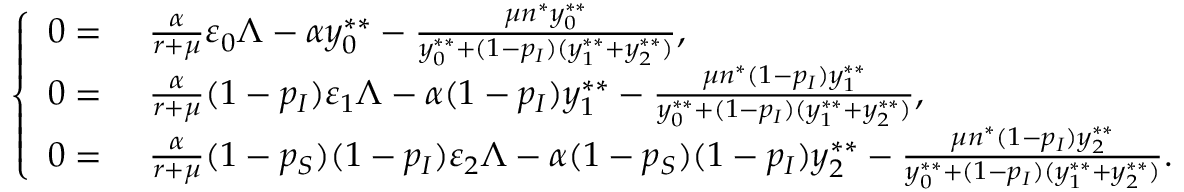
\left\{ \begin{array} { r l } { 0 = } & { { } ~ \frac { \alpha } { r + \mu } \varepsilon _ { 0 } \Lambda - \alpha y _ { 0 } ^ { * * } - \frac { \mu n ^ { * } y _ { 0 } ^ { * * } } { y _ { 0 } ^ { * * } + ( 1 - p _ { I } ) ( y _ { 1 } ^ { * * } + y _ { 2 } ^ { * * } ) } , } \\ { 0 = } & { { } ~ \frac { \alpha } { r + \mu } ( 1 - p _ { I } ) \varepsilon _ { 1 } \Lambda - \alpha ( 1 - p _ { I } ) y _ { 1 } ^ { * * } - \frac { \mu n ^ { * } ( 1 - p _ { I } ) y _ { 1 } ^ { * * } } { y _ { 0 } ^ { * * } + ( 1 - p _ { I } ) ( y _ { 1 } ^ { * * } + y _ { 2 } ^ { * * } ) } , } \\ { 0 = } & { { } ~ \frac { \alpha } { r + \mu } ( 1 - p _ { S } ) ( 1 - p _ { I } ) \varepsilon _ { 2 } \Lambda - \alpha ( 1 - p _ { S } ) ( 1 - p _ { I } ) y _ { 2 } ^ { * * } - \frac { \mu n ^ { * } ( 1 - p _ { I } ) y _ { 2 } ^ { * * } } { y _ { 0 } ^ { * * } + ( 1 - p _ { I } ) ( y _ { 1 } ^ { * * } + y _ { 2 } ^ { * * } ) } . } \end{array} \right.